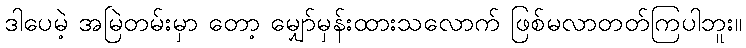
ဒါပေမဲ့ အမြဲတမ်းမှာ တော့ မျှော်မှန်းထားသလောက် ဖြစ်မလာတတ်ကြပါဘူး။